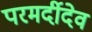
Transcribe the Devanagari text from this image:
परमर्दीदेव